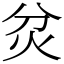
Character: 炃